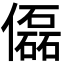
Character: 𠐞